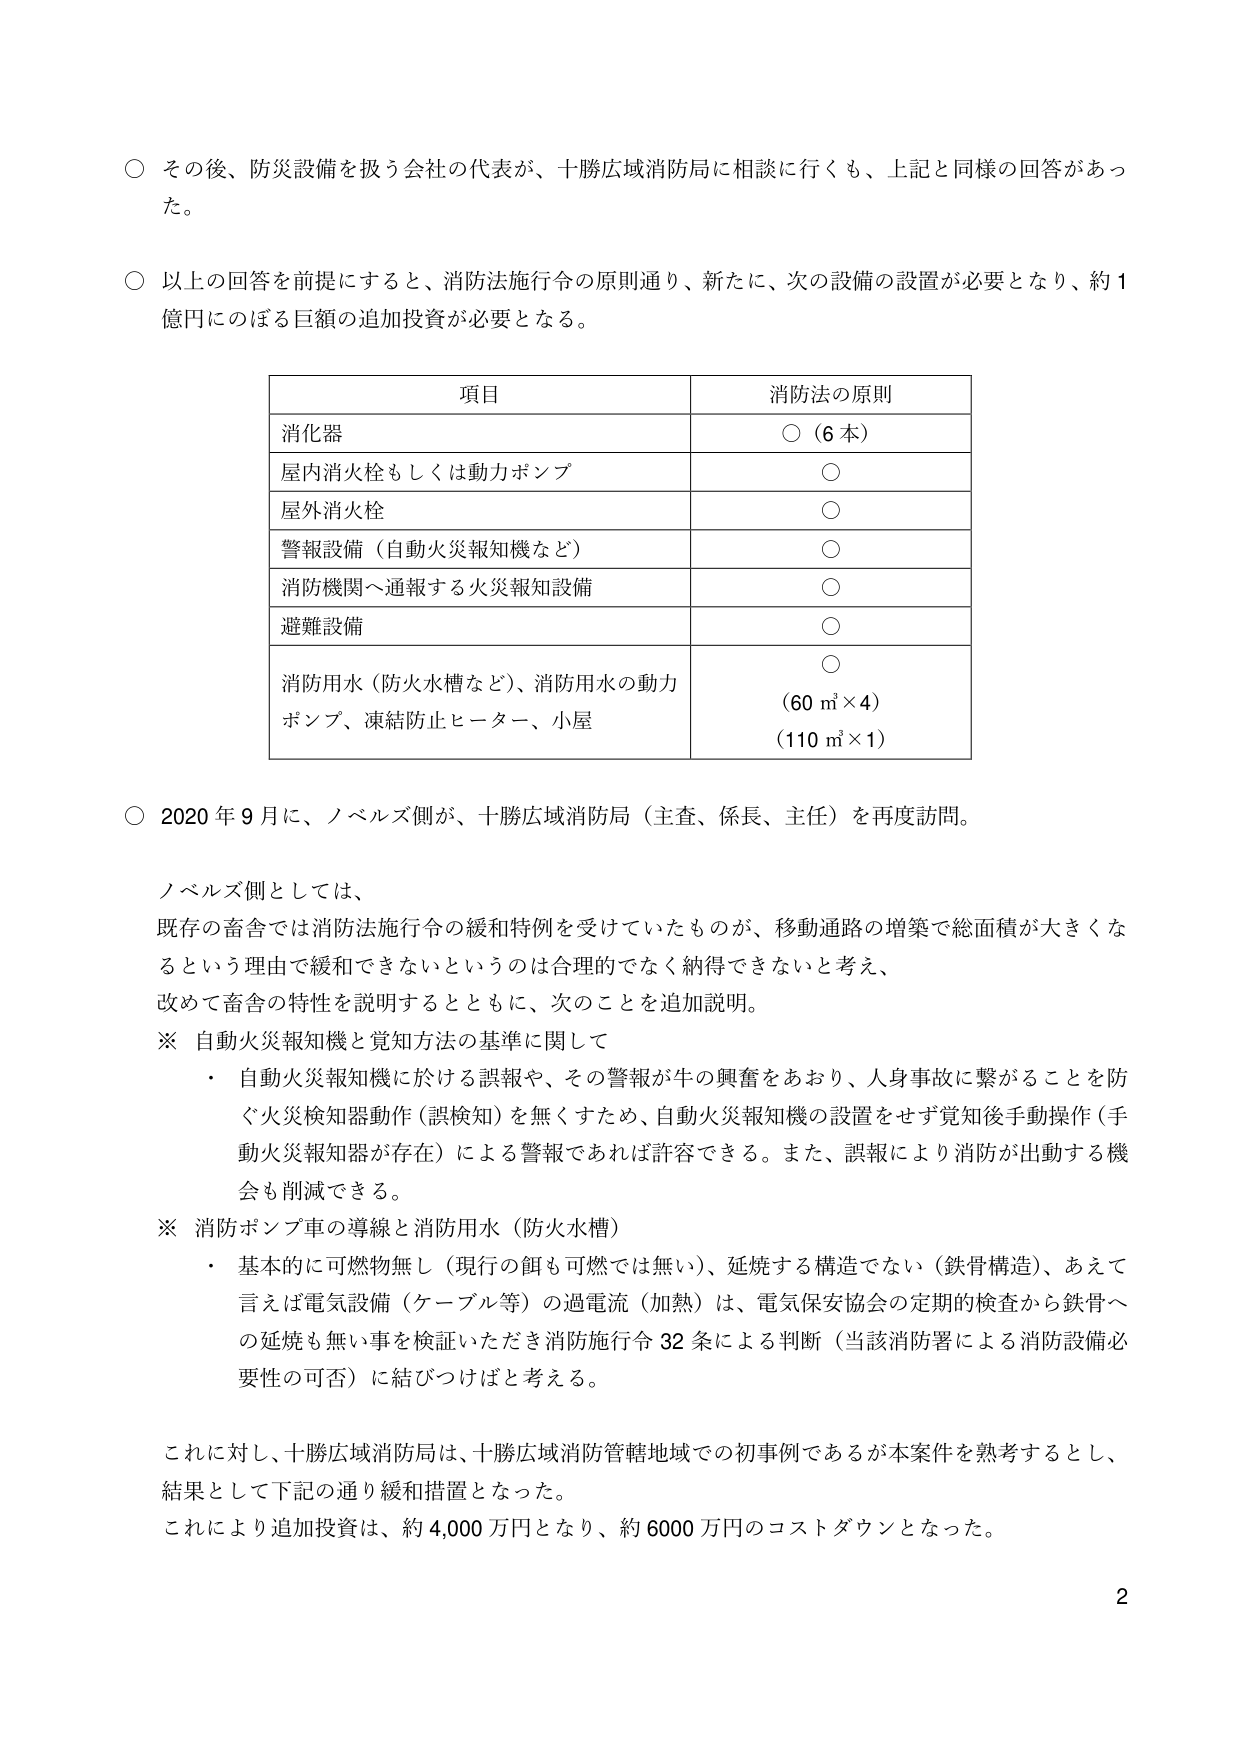
○ その後、防災設備を扱う会社の代表が、十勝広域消防局に相談に行くも、上記と同様の回答があった。

○ 以上の回答を前提にすると、消防法施行令の原則通り、新たに、次の設備の設置が必要となり、約1億円にのぼる巨額の追加投資が必要となる。

| 項目 | 消防法の原則 |
|------|--------------|
| 消化器 | ○（6本） |
| 屋内消火栓もしくは動力ポンプ | ○ |
| 屋外消火栓 | ○ |
| 警報設備（自動火災報知機など） | ○ |
| 消防機関へ通報する火災報知設備 | ○ |
| 避難設備 | ○ |
| 消防用水（防火水槽など）、消防用水の動力ポンプ、凍結防止ヒーター、小屋 | ○<br>（60 m³×4）<br>（110 m³×1） |

○ 2020年9月に、ノベルズ側が、十勝広域消防局（主査、係長、主任）を再度訪問。

ノベルズ側としては、
既存の畜舎では消防法施行令の緩和特例を受けていたものが、移動通路の増築で総面積が大きくなるという理由で緩和できないというのは合理的でなく納得できないと考え、
改めて畜舎の特性を説明するとともに、次のこと追加説明。

※ 自動火災報知機と覚知方法の基準に関して
・ 自動火災報知機に於ける誤報や、その警報が牛の興奮をあおり、人身事故に繋がることを防ぐ火災検知器動作（誤検知）を無くすため、自動火災報知機の設置をせず覚知後手動操作（手動火災報知器が存在）による警報であれば許容できる。また、誤報により消防が出動する機会も削減できる。

※ 消防ポンプ車の導線と消防用水（防火水槽）
・ 基本的に可燃物無し（現行の餌も可燃では無い）、延焼する構造でない（鉄骨構造）、あえて言えば電気設備（ケーブル等）の過電流（加熱）は、電気保安協会の定期的検査から鉄骨への延焼も無い事を検証いただき消防施行令32条による判断（当該消防署による消防設備必要性の可否）に結びつけばと考える。

これに対し、十勝広域消防局は、十勝広域消防管轄地域での初事例であるが本案件を熟考するとし、
結果として下記の通り緩和措置となった。
これにより追加投資は、約4,000万円となり、約6000万円のコストダウンとなった。

2